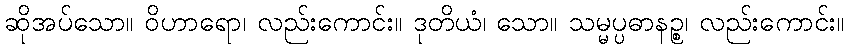
ဆိုအပ်သော။ ဝိဟာရော၊ လည်းကောင်း။ ဒုတိယံ၊ သော။ သမ္မပ္ပဓာနဉ္စ၊ လည်းကောင်း။